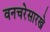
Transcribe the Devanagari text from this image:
वनचरेसारखे